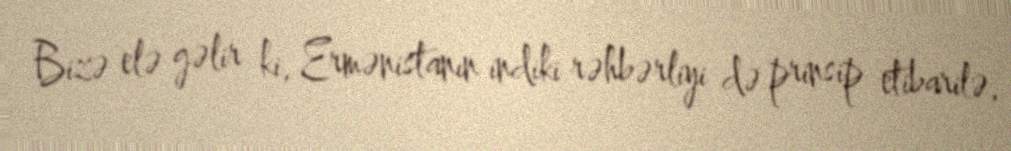
Bizə elə gəlir ki, Ermənistanın indiki rəhbərliyi də prinsip etibarilə,